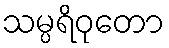
သမ္ပရိဝုတော